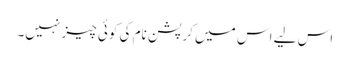
اس لیے اس میں کرپشن نام کی کوئی چیز نہیں۔